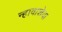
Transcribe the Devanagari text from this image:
न्हावाशेवा